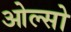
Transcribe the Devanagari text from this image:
ओल्सो